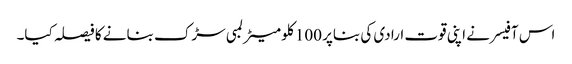
اس آفیسر نے اپنی قوت ارادی کی بناپر 100 کلو میٹر لمبی سڑک بنانے کا فیصلہ کیا۔